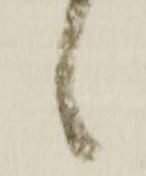
候